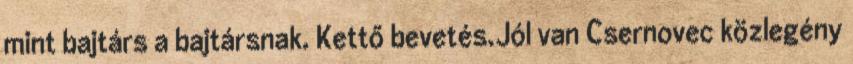
mint bajtárs a bajtársnak. Kettő bevetés.Jól van Csernovec közlegény